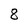
Character: 8